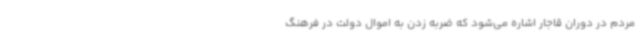
مردم در دوران قاجار اشاره می‌شود که ضربه زدن به اموال دولت در فرهنگ